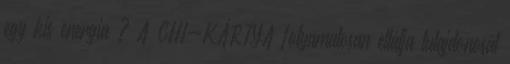
egy kis energia ? A CHI-KÁRTYA folyamatosan ellátja tulajdonosát